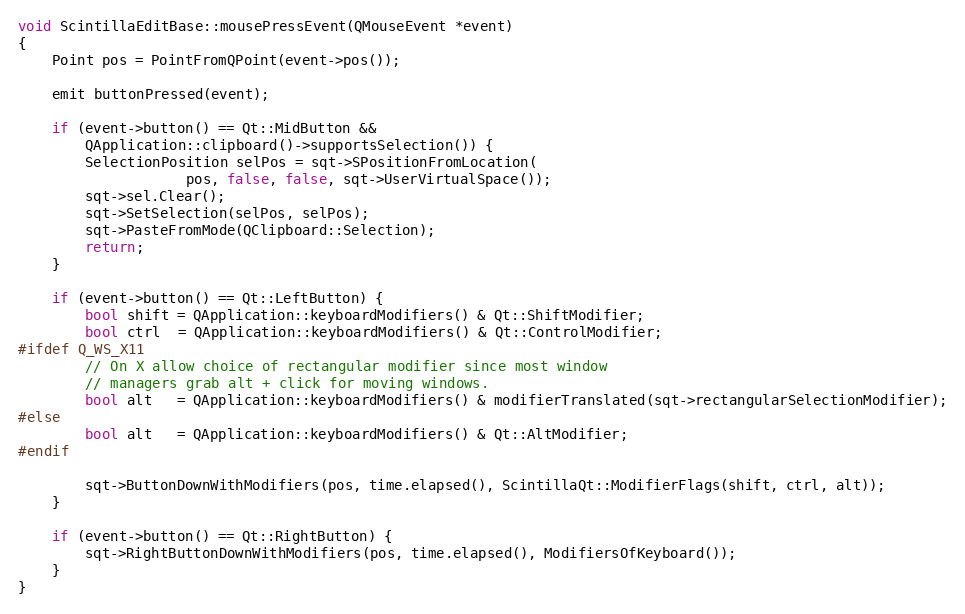
Language: C++
void ScintillaEditBase::mousePressEvent(QMouseEvent *event)
{
	Point pos = PointFromQPoint(event->pos());

	emit buttonPressed(event);

	if (event->button() == Qt::MidButton &&
	    QApplication::clipboard()->supportsSelection()) {
		SelectionPosition selPos = sqt->SPositionFromLocation(
					pos, false, false, sqt->UserVirtualSpace());
		sqt->sel.Clear();
		sqt->SetSelection(selPos, selPos);
		sqt->PasteFromMode(QClipboard::Selection);
		return;
	}

	if (event->button() == Qt::LeftButton) {
		bool shift = QApplication::keyboardModifiers() & Qt::ShiftModifier;
		bool ctrl  = QApplication::keyboardModifiers() & Qt::ControlModifier;
#ifdef Q_WS_X11
		// On X allow choice of rectangular modifier since most window
		// managers grab alt + click for moving windows.
		bool alt   = QApplication::keyboardModifiers() & modifierTranslated(sqt->rectangularSelectionModifier);
#else
		bool alt   = QApplication::keyboardModifiers() & Qt::AltModifier;
#endif

		sqt->ButtonDownWithModifiers(pos, time.elapsed(), ScintillaQt::ModifierFlags(shift, ctrl, alt));
	}

	if (event->button() == Qt::RightButton) {
		sqt->RightButtonDownWithModifiers(pos, time.elapsed(), ModifiersOfKeyboard());
	}
}